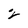
Character: 2